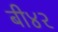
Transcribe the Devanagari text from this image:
बी४२